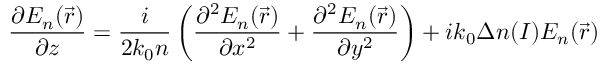
\frac { \partial { E } _ { n } ( \Vec { r } ) } { \partial z } = \frac { i } { 2 { k } _ { 0 } n } \left( \frac { { \partial } ^ { 2 } { E } _ { n } ( \Vec { r } ) } { { \partial { x } ^ { 2 } } } + \frac { { \partial } ^ { 2 } { E } _ { n } ( \Vec { r } ) } { \partial { y } ^ { 2 } } \right) + i { k } _ { 0 } \Delta n ( I ) { E } _ { n } ( \Vec { r } )